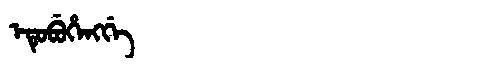
Manchu: ᡝᡨᡠᠪᡠᡥᡝᠩᡤᡝ
Romanization: ETUBUHENGGE